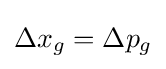
\Delta x_{g}=\Delta p_{g}